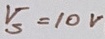
Text: V5=10V